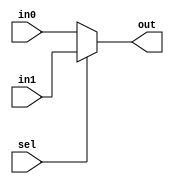
`timescale 1ns / 1ps
///////////////////////////////////////////////////////////////////////////////////////////////////////////////////////
// Company:			
//					
// Engineer: 		
//
// Create Date:		
// Design Name: 	
// Module Name:     
// Project Name:	
// Target Devices: 
// Tool versions:
// Description:		
//
// Dependencies:
//
// Revision:
//
//
// Additional Comments:
//
///////////////////////////////////////////////////////////////////////////////////////////////////////////////////////

module mux_2to1_reg

(
    in0,	//input 0
	in1,	//input 1
	out,	//output
	sel	//select
);

    //--------------------------
	// Parameters
	//--------------------------	
	parameter DWIDTH = 5;
    //--------------------------
	// Input Ports
	//--------------------------
	// < Enter Input Ports  >
    input 		[DWIDTH-1:0]		in0;
	input 		[DWIDTH-1:0]		in1;
	input 									sel;
	
    //--------------------------
    // Output Ports
    //--------------------------
    // < Enter Output Ports  >	
    output 	[DWIDTH-1:0] 		out; 
		
    //--------------------------
    // Bidirectional Ports
    //--------------------------
    // < Enter Bidirectional Ports in Alphabetical Order >
    // None
      
    ///////////////////////////////////////////////////////////////////
    // Begin Design
    ///////////////////////////////////////////////////////////////////
    //-------------------------------------------------
    // Signal Declarations: local params
    //-------------------------------------------------
   
    //-------------------------------------------------
    // Signal Declarations: reg
    //-------------------------------------------------    
    
    //-------------------------------------------------
    // Signal Declarations: wire
    //-------------------------------------------------
		
	//---------------------------------------------------------------
	// Instantiations
	//---------------------------------------------------------------
	// None

	//---------------------------------------------------------------
	// Combinatorial Logic
	//---------------------------------------------------------------
	assign out = (sel == 0) ? in0 : in1;
	
	//---------------------------------------------------------------
	// Sequential Logic
	//---------------------------------------------------------------
    
 endmodule